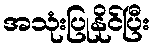
အသုံးပြုနိုင်ပြီး